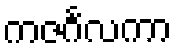
ကဇင်္ဂလကာ